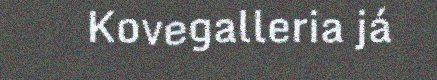
Kovegalleria já